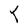
Character: Y